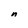
Character: n